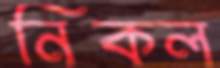
নিকল